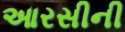
આરસીની